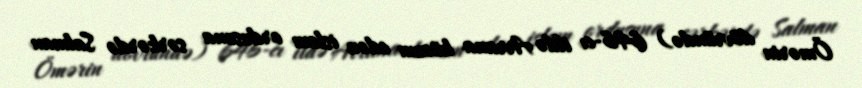
Ömərin dövründə) 646-cı ildə Arrana hücum edən islam ordusuna sərkərdə Salman